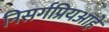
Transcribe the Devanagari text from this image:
निसर्गप्रियआहे